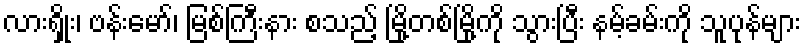
လားရှိုး၊ ဗန်းမော်၊ မြစ်ကြီးနား စသည့် မြို့တစ်မြို့ကို သွားပြီး နမ့်ခမ်းကို သူပုန်များ